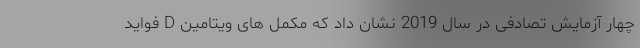
چهار آزمایش تصادفی در سال 2019 نشان داد که مکمل های ویتامین D فواید